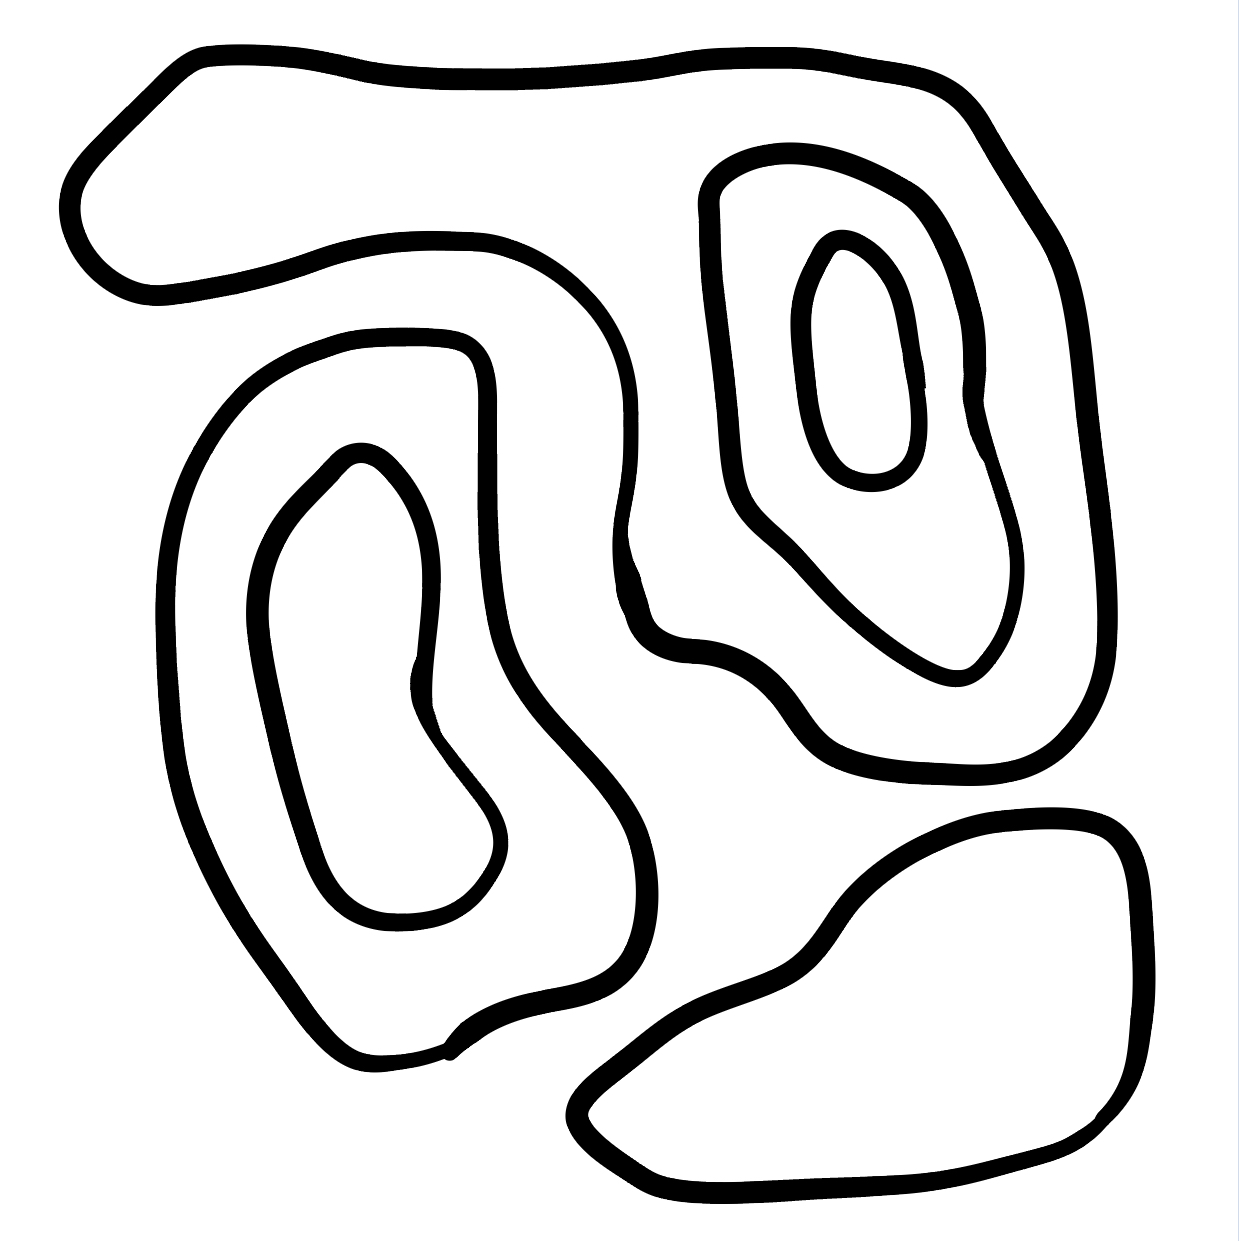
Number of regions (including the outer root region): 7
Containment tree edges (parent, child): 0, 1, 0, 2, 0, 4, 2, 3, 4, 5, 5, 6